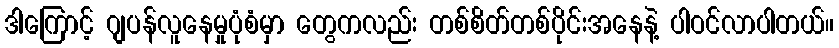
ဒါကြောင့် ဂျပန်လူနေမှုပုံစံမှာ တွေကလည်း တစ်စိတ်တစ်ပိုင်းအနေနဲ့ ပါဝင်လာပါတယ်။